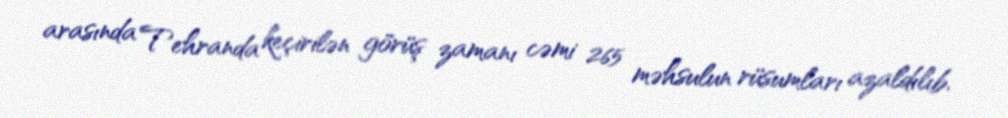
arasında Tehranda keçirilən görüş zamanı cəmi 265 məhsulun rüsumları azaldılıb.